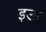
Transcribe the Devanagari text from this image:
इऊ